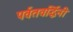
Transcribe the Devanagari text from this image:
पर्वतवर्द्धिनी